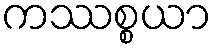
ကဿစ္စယာ